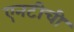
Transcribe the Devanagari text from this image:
एनटीची